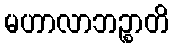
မဟာလာဘဉ္စာတိ